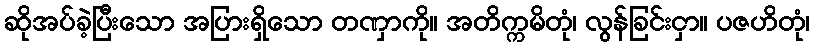
ဆိုအပ်ခဲ့ပြီးသော အပြားရှိသော တဏှာကို။ အတိက္ကမိတုံ၊ လွန်ခြင်းငှာ။ ပဇဟိတုံ၊